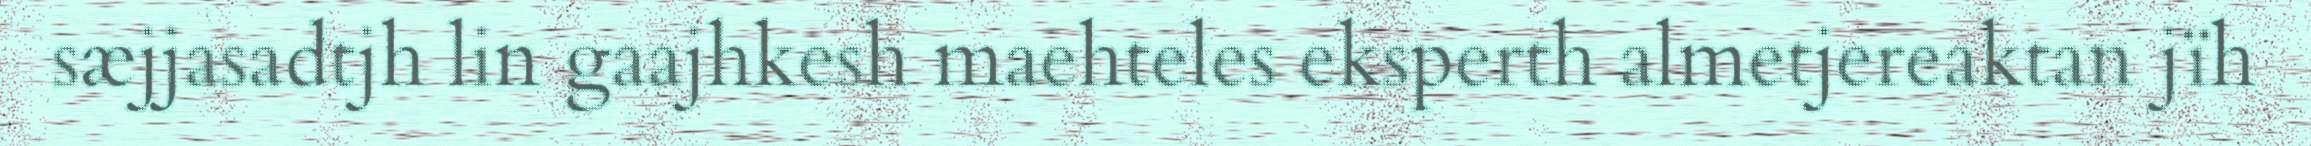
sæjjasadtjh lin gaajhkesh maehteles eksperth almetjereaktan jïh